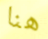
هنا